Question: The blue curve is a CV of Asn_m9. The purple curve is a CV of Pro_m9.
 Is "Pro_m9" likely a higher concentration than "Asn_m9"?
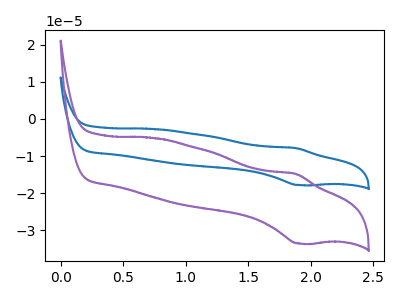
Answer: <think>The blue curve "Asn_m9" has an anodic peak at (1.90V, -7.85uA) and a cathodic peak at (1.90V, -17.80uA). The purple curve "Pro_m9" has an anodic peak at (1.90V, -14.80uA) and a cathodic peak at (1.90V, -33.50uA).
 All the peaks in "Pro_m9" have a peak in "Asn_m9" at the same potential.</think>
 <answer>I cant tell if "Pro_m9" or "Asn_m9" has more signal.</answer>
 <eval>mixed_signal</eval>